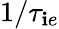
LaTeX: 1/\tau_{\mathbf{i}e}